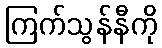
ကြက်သွန်နီကို